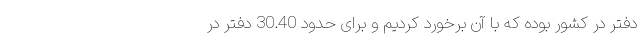
دفتر در کشور بوده که با آن برخورد کردیم و برای حدود 30.40 دفتر در